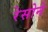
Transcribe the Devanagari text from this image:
रेसोने